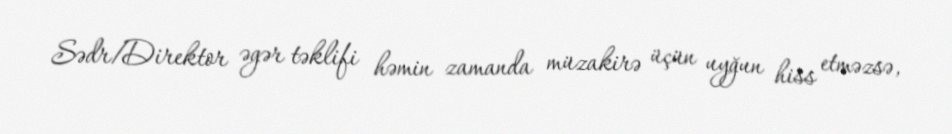
Sədr/Direktor əgər təklifi həmin zamanda müzakirə üçün uyğun hiss etməzsə,